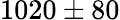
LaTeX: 1020\pm 80